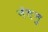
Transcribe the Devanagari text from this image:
नंदनु